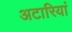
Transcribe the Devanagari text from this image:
अटारियां